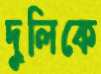
দুলিকে